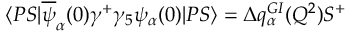
\langle P S | \overline { { { \psi } } } _ { \alpha } ( 0 ) \gamma ^ { + } \gamma _ { 5 } \psi _ { \alpha } ( 0 ) | P S \rangle = \Delta q _ { \alpha } ^ { G I } ( Q ^ { 2 } ) S ^ { + }